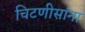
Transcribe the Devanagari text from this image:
चिटणीसांना